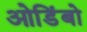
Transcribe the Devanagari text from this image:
ओडिंबो